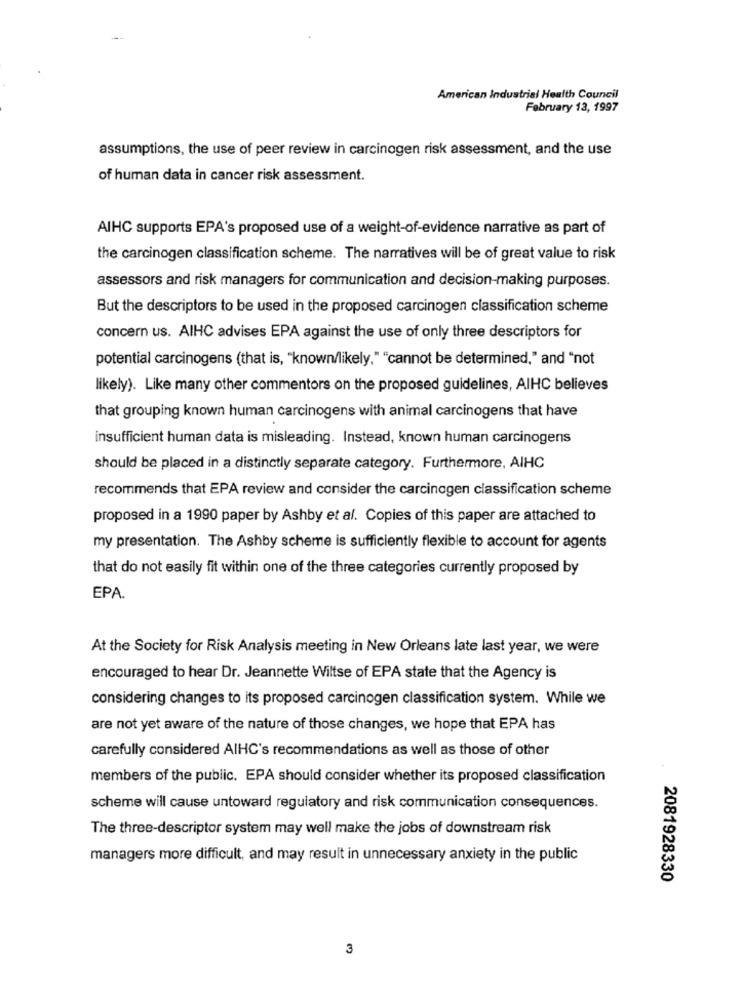
American Industrial Health Council
February 13, 1997
assumptions, the use of peer review in carcinogen risk assessment, and the use
of human data in cancer risk assessment.
AIHC supports EPA's proposed use of a weight-of-evidence narrative as part of
the carcinogen classification scheme. The narratives will be of great value to risk
assessors and risk managers for communication and decision-making purposes.
But the descriptors to be used in the proposed carcinogen classification scheme
concern us. AIHC advises EPA against the use of only three descriptors for
potential carcinogens (that is, "known/likely," "cannot be determined," and "not
likely). Like many other commentors on the proposed guidelines, AIHC believes
that grouping known human carcinogens with animal carcinogens that have
insufficient human data is misleading. Instead, known human carcinogens
should be placed in a distinctly separate category. Furthermore, AIHC
recommends that EPA review and consider the carcinogen classification scheme
proposed in a 1990 paper by Ashby et al. Copies of this paper are attached to
my presentation. The Ashby scheme is sufficiently flexible to account for agents
that do not easily fit within one of the three categories currently proposed by
EPA.
At the Society for Risk Analysis meeting in New Orleans late last year, we were
encouraged to hear Dr. Jeannette Wiltse of EPA state that the Agency is
considering changes to its proposed carcinogen classification system. While we
are not yet aware of the nature of those changes, we hope that EPA has
carefully considered AIHC's recommendations as well as those of other
members of the public. EPA should consider whether its proposed classification
scheme will cause untoward regulatory and risk communication consequences.
The three-descriptor system may well make the jobs of downstream risk
managers more difficult, and may result in unnecessary anxiety in the public
2081928330
3